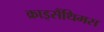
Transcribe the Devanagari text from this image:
क्राइसैंथिमस